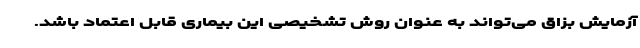
آزمایش بزاق می‌تواند به عنوان روش تشخیصی این بیماری قابل اعتماد باشد.